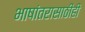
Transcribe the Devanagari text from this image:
भाषांतरासाठीही